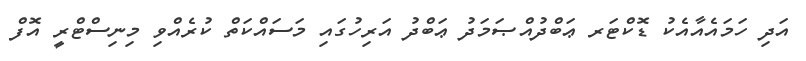
އަދި ހަމައެއާއެކު ޑޮކްޓަރ ޢަބްދުއްޞަމަދު ޢަބްދު އަރިހުގައި މަސައްކަތް ކުރެއްވި މިނިސްޓްރީ އޮފް